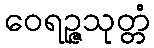
ဝေရဉ္ဇသုတ္တံ